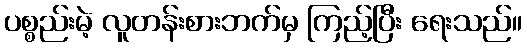
ပစ္စည်းမဲ့ လူတန်းစားဘက်မှ ကြည့်ပြီး ရေးသည်။